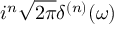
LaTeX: i ^ { n } { \sqrt { 2 \pi } } \delta ^ { ( n ) } ( \omega )